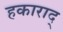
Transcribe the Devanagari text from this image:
हकाराद्